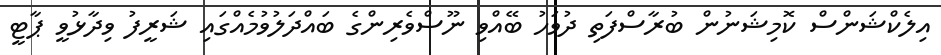
އިލެކްޝަންސް ކޮމިޝަނުން ބުރާސްފަތި ދުވަހު ބޭއްވި ނޫސްވެރިންގެ ބައްދަލުވުމެއްގައި ޝަރީފު ވިދާޅުވީ ޕާޓީ